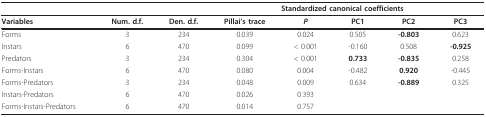
|  |  |  |  | <COLSPAN=4> Standardized canonical coefficients |
 | --- | --- | --- | --- | --- | --- | --- | --- |
 | Variables | Num. d.f. | Den. d.f. | Pillai's trace | P | PC1 | PC2 | PC3 |
 | Forms | 3 | 234 | 0.039 | 0.024 | 0.505 | -0.803 | 0.623 |
 | Instars | 6 | 470 | 0.099 | < 0.001 | -0.160 | 0.508 | -0.925 |
 | Predators | 3 | 234 | 0.304 | < 0.001 | 0.733 | -0.835 | 0.258 |
 | Forms-Instars | 6 | 470 | 0.080 | 0.004 | -0.482 | 0.920 | -0.445 |
 | Forms-Predators | 3 | 234 | 0.048 | 0.009 | 0.634 | -0.889 | 0.325 |
 | Instars-Predators | 6 | 470 | 0.026 | 0.393 |  |  |  |
 | Forms-Instars-Predators | 6 | 470 | 0.014 | 0.757 |  |  |  |